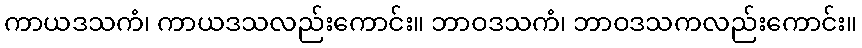
ကာယဒသကံ၊ ကာယဒသလည်းကောင်း။ ဘာဝဒသကံ၊ ဘာဝဒသကလည်းကောင်း။